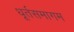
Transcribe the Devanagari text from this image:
धूर्तसमागम